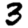
Digit: 3